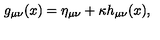
g _ { \mu \nu } ( x ) = \eta _ { \mu \nu } + \kappa h _ { \mu \nu } ( x ) ,